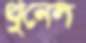
থুনেল